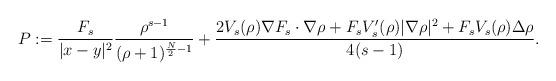
LaTeX: \begin{align*}P:=\frac{F_s}{|x-y|^2} \frac{\rho^{s-1}}{(\rho+1)^{\frac{N}{2}-1}}+\frac{2 V_s(\rho)\nabla F_s\cdot\nabla \rho +F_sV_s'(\rho) |\nabla \rho|^2 +F_sV_s(\rho)\Delta \rho}{4(s-1)}.\end{align*}